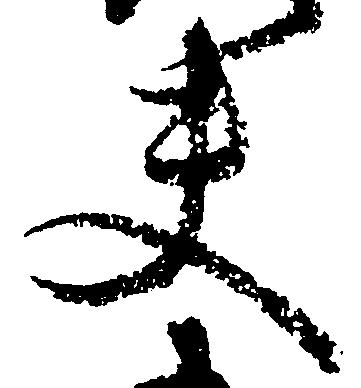
夫